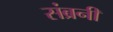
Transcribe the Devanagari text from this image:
संब्रनी